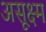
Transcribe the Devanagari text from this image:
असूक्ष्म